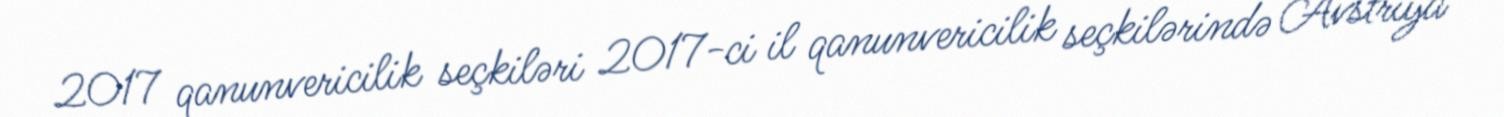
2017 qanunvericilik seçkiləri 2017-ci il qanunvericilik seçkilərində Avstriya